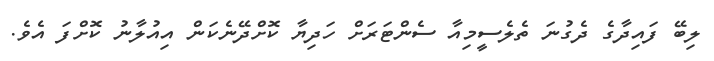
ލިބޭ ފައިދާގެ ދެގުނަ ތެލެސީމިއާ ސެންޓަރަށް ހަދިޔާ ކޮށްދޭނެކަން އިއުލާނު ކޮށްފަ އެވެ.